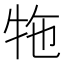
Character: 㸱